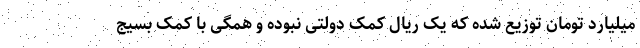
میلیارد تومان توزیع شده که یک ریال کمک دولتی نبوده و همگی با کمک بسیج